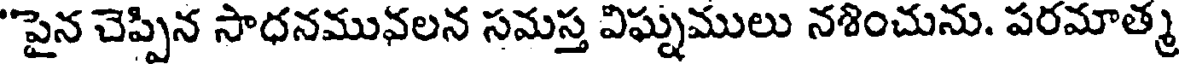
"పైన చెప్పిన సాధనమువలన సమస్త విఘ్నములు నశించును. పరమాత్మ